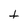
Character: t